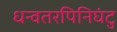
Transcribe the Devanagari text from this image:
धन्वतरपिनिघंटु